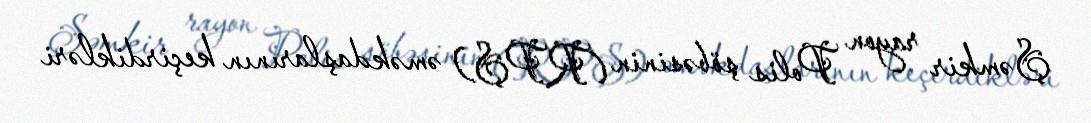
Şəmkir rayon Polis şöbəsinin (RPŞ) əməkdaşlarının keçirdikləri